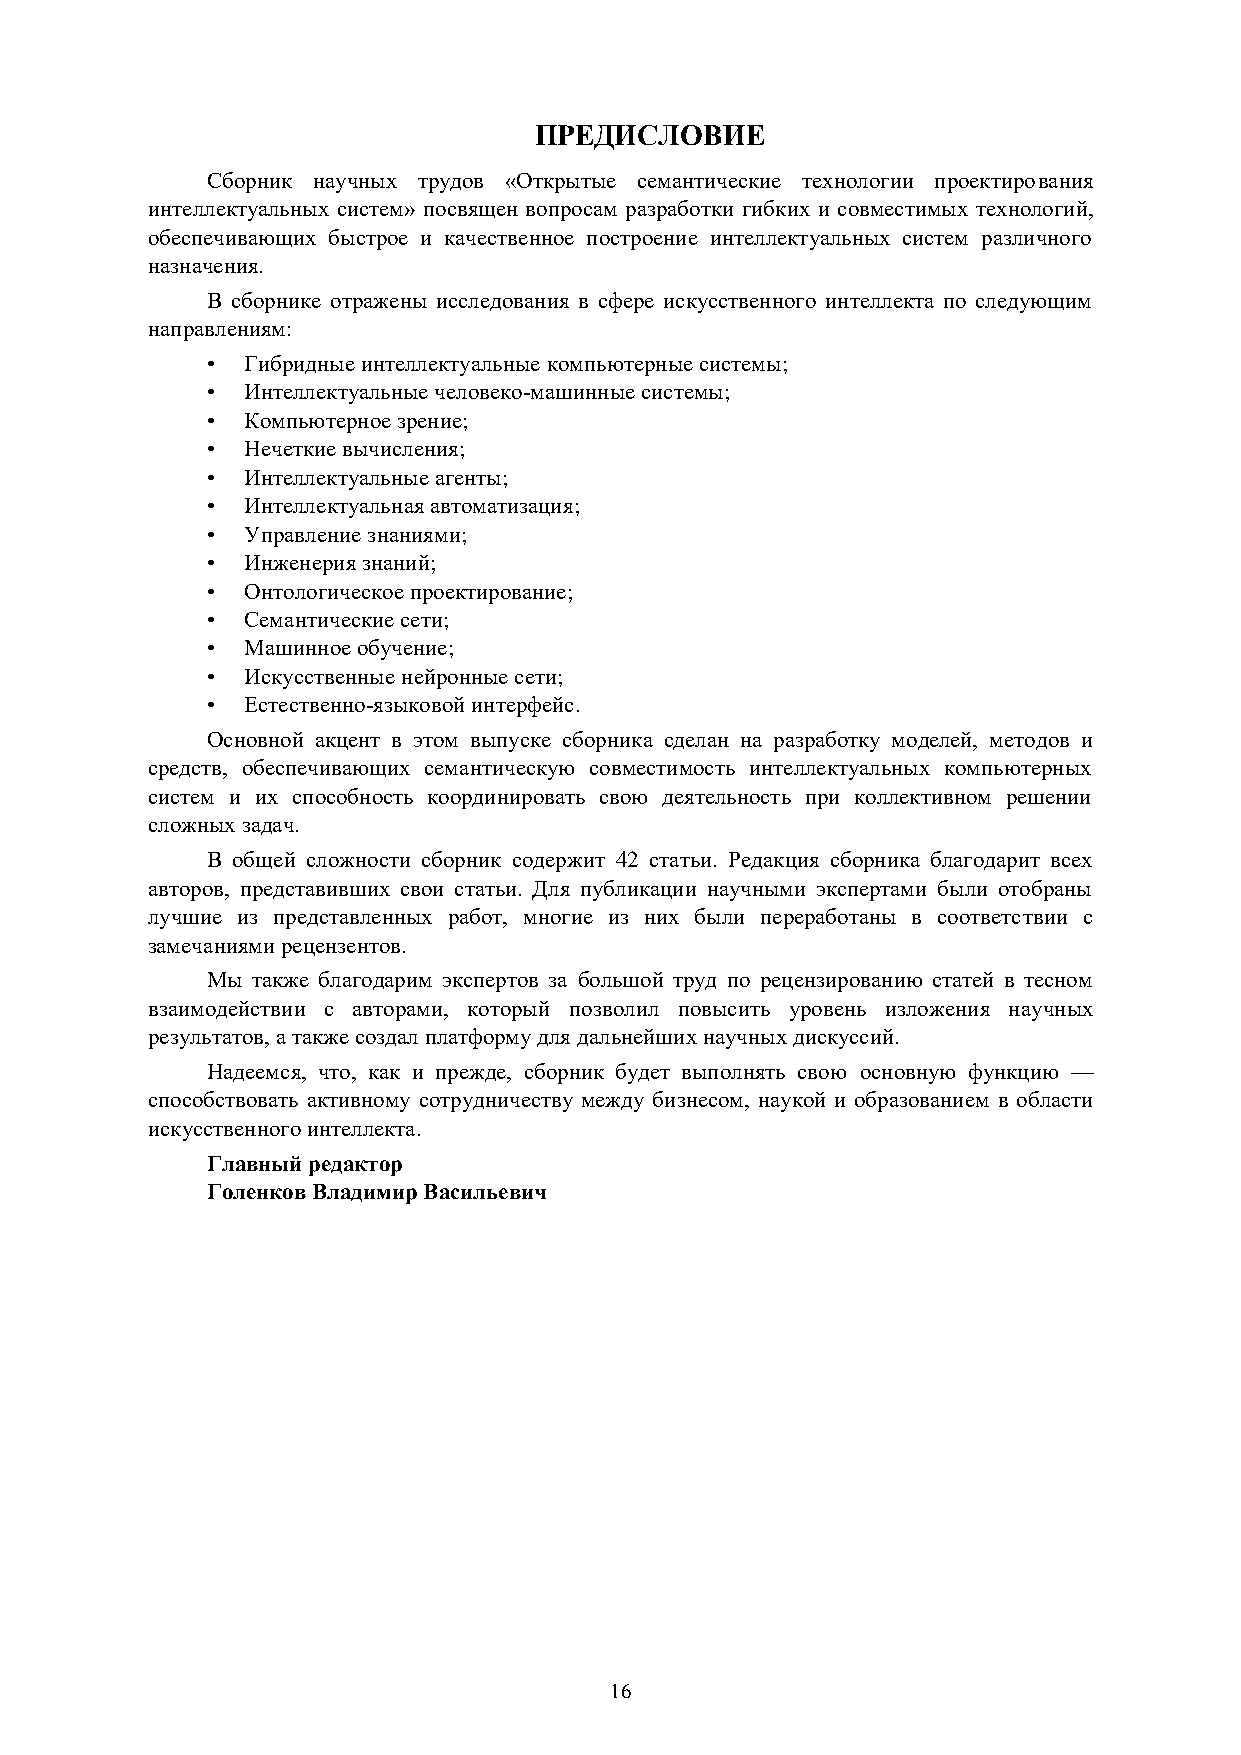
ПРЕДИСЛОВИЕ
 Сборник научных трудов «Открытые семантические технологии проектирования
 интеллектуальных систем» посвящен вопросам разработки гибких и совместимых технологий,
 обеспечивающих быстрое и качественное построение интеллектуальных систем различного
 назначения.
 В сборнике отражены исследования в сфере искусственного интеллекта по следующим
 направлениям:
 • Гибридные интеллектуальные компьютерные системы;
 • Интеллектуальные человеко-машинные системы;
 • Компьютерное зрение;
 • Нечеткие вычисления;
 • Интеллектуальные агенты;
 • Интеллектуальная автоматизация;
 • Управление знаниями;
 • Инженерия знаний;
 • Онтологическое проектирование;
 • Семантические сети;
 • Машинное обучение;
 • Искусственные нейронные сети;
 • Естественно-языковой интерфейс.
 Основной акцент в этом выпуске сборника сделан на разработку моделей, методов и
 средств, обеспечивающих семантическую совместимость интеллектуальных компьютерных
 систем и их способность координировать свою деятельность при коллективном решении
 сложных задач.
 В общей сложности сборник содержит 42 статьи. Редакция сборника благодарит всех
 авторов, представивших свои статьи. Для публикации научными экспертами были отобраны
 лучшие из представленных работ, многие из них были переработаны в соответствии с
 замечаниями рецензентов.
 Мы также благодарим экспертов за большой труд по рецензированию статей в тесном
 взаимодействии с авторами, который позволил повысить уровень изложения научных
 результатов, а также создал платформу для дальнейших научных дискуссий.
 Надеемся, что, как и прежде, сборник будет выполнять свою основную функцию —
 способствовать активному сотрудничеству между бизнесом, наукой и образованием в области
 искусственного интеллекта.
 Главный редактор
 Голенков Владимир Васильевич
 16